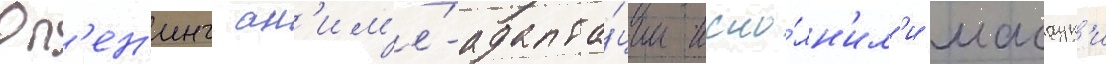
Оп'ен'инг ан'им'е́-адапта́ции испо́лн'ил'и масаук'и